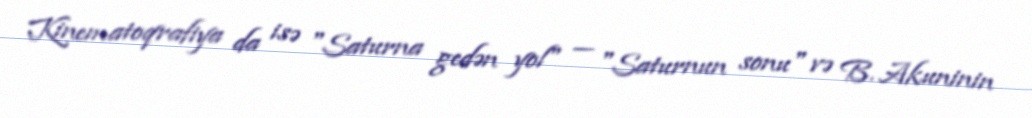
Kinematoqrafiya da isə "Saturna gedən yol" — "Saturnun sonu" və B. Akuninin